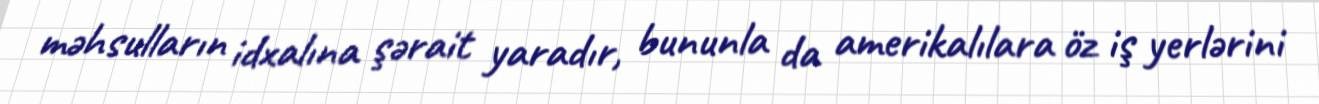
məhsulların idxalına şərait yaradır, bununla da amerikalılara öz iş yerlərini